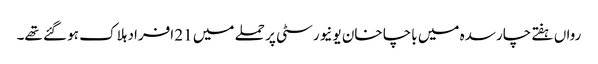
رواں ہفتے چارسدہ میں باچا خان یونیورسٹی پر حملے میں 21 افراد ہلاک ہو گئے تھے۔